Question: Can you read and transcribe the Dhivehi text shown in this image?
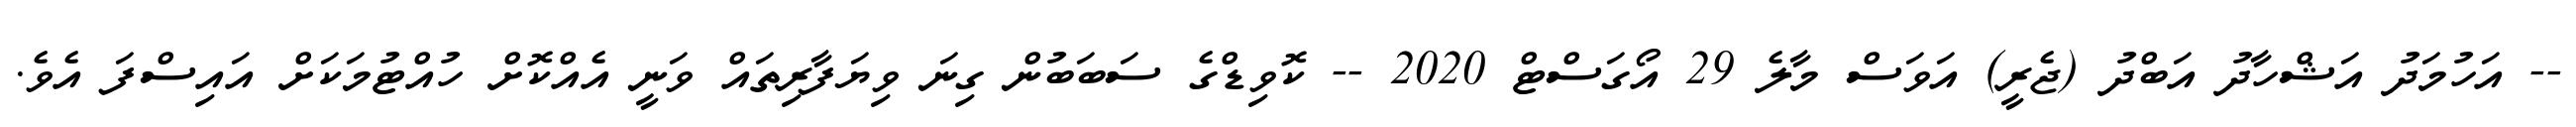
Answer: -- އަހުމަދު އަޝްހާދު އަބްދު (ޖެރީ) އަވަސް މާލެ 29 އޯގަސްޓް 2020 -- ކޮވިޑްގެ ސަބަބުން ގިނަ ވިޔަފާރިތައް ވަނީ އެއްކޮށް ހުއްޓުމަކަށް އައިސްފަ އެވެ.